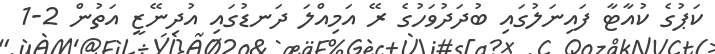
ކަޕުގެ ކުއާޓާ ފައިނަލުގައި ބުދަދުވަހުގެ ރޭ އަމިއްލަ ދަނޑުގައި އުދިނޭޒީ އަތުން 2-1